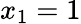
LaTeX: x_{1}=1